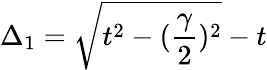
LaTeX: \Delta_{1}=\sqrt{t^{2}-(\frac{\gamma}{2})^{2}}-t